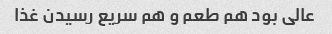
عالی بود هم طعم و هم سریع رسیدن غذا